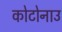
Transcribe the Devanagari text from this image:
कोटोनाउ